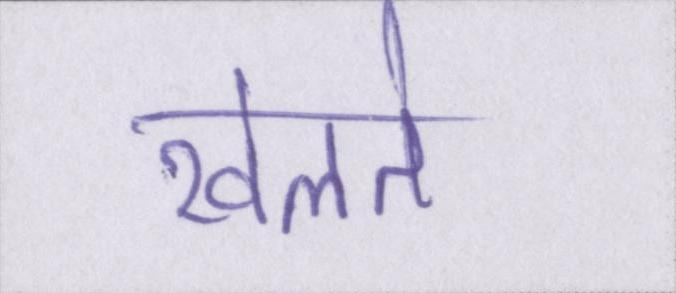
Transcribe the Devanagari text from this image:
खेलते